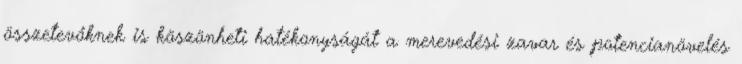
összetevőknek is köszönheti hatékonyságát a merevedési zavar és potencianövelés